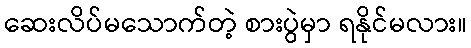
ဆေးလိပ်မသောက်တဲ့ စားပွဲမှာ ရနိုင်မလား။